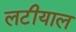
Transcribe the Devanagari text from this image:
लटीयाल